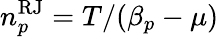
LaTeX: n_{p}^{\mathrm{RJ}}=T/(\beta_{p}-\mu)